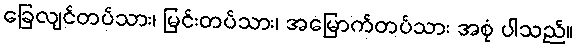
ခြေလျင်တပ်သား၊ မြင်းတပ်သား၊ အမြောက်တပ်သား အစုံ ပါသည်။